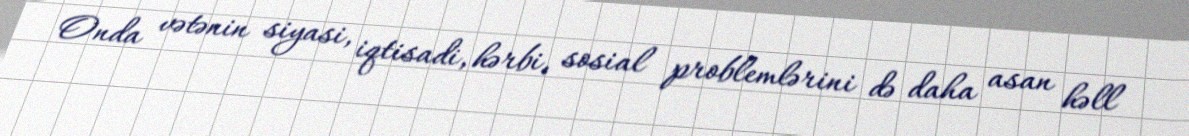
Onda vətənin siyasi, iqtisadi, hərbi, sosial problemlərini də daha asan həll